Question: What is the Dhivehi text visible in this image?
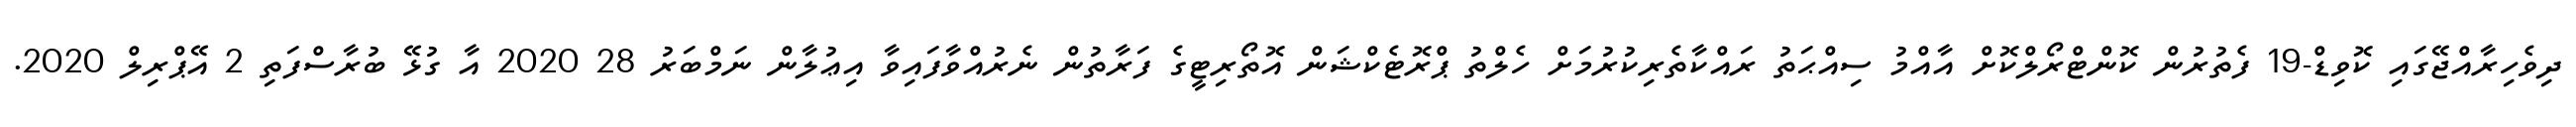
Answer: ދިވެހިރާއްޖޭގައި ކޮވިޑް-19 ފެތުރުން ކޮންޓްރޯލްކޮށް އާއްމު ސިއްޙަތު ރައްކާތެރިކުރުމަށް ހެލްތު ޕްރޮޓެކްޝަން އޮތޯރިޓީގެ ފަރާތުން ނެރުއްވާފައިވާ އިޢުލާން ނަމްބަރު 28 2020 އާ ގުޅޭ ބުރާސްފަތި 2 އޭޕްރިލް 2020.